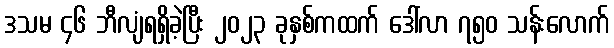
ဒသမ ၄၆ ဘီလျံရရှိခဲ့ပြီး ၂၀၂၃ ခုနှစ်ကထက် ဒေါ်လာ ၇၅၀ သန်းလောက်